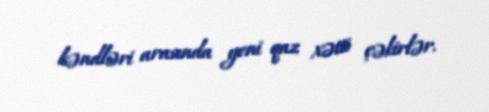
kəndləri arasında yeni qaz xətti çəkirlər.